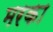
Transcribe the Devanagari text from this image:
मरका